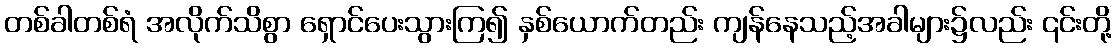
တစ်ခါတစ်ရံ အလိုက်သိစွာ ရှောင်ပေးသွားကြ၍ နှစ်ယောက်တည်း ကျန်နေသည့်အခါများ၌လည်း ၎င်းတို့